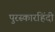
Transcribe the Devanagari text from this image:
पुरस्कारहिंदी